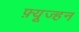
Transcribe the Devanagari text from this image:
फ़्यूज्हन